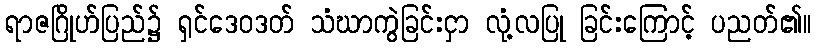
ရာဇဂြိုဟ်ပြည်၌ ရှင်ဒေဝဒတ် သံဃာကွဲခြင်းငှာ လုံ့လပြု ခြင်းကြောင့် ပညတ်၏။